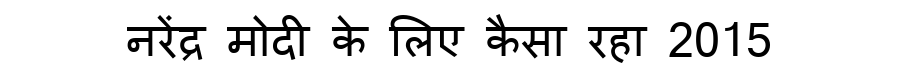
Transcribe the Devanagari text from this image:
नरेंद्र मोदी के लिए कैसा रहा 2015